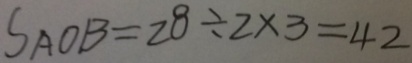
S _ { A O B } = 2 8 \div 2 \times 3 = 4 2